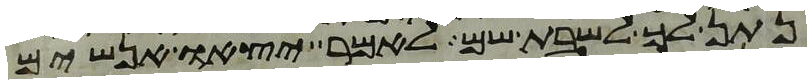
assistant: נתן לך לשבת שם לאמר יצאו אנשים